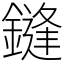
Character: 鏠